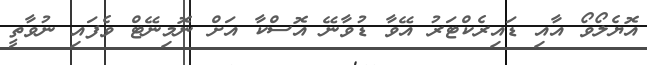
އޮޔެލޯވޯ އާއި ޑައިރެކްޓަރު އޭވާ ޑުވާނޭ އޮސްކާ އަށް ނޮމިނޭޓް ވެފައި ނުވާތީ